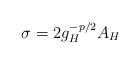
LaTeX: \begin{align*}\sigma=2g_H^{-p/2}A_H\end{align*}